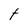
Character: t